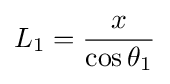
L_{1}={\frac {x}{\cos \theta _{1}}}